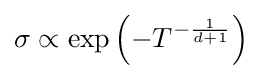
\sigma \propto \exp \left(-T^{-{\frac {1}{d+1}}}\right)